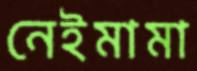
নেইমামা